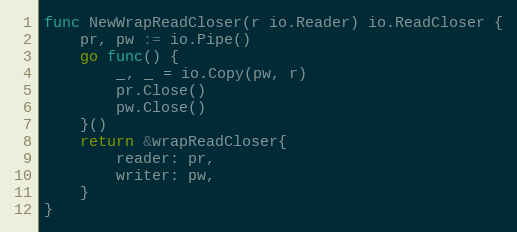
Language: Go
func NewWrapReadCloser(r io.Reader) io.ReadCloser {
	pr, pw := io.Pipe()
	go func() {
		_, _ = io.Copy(pw, r)
		pr.Close()
		pw.Close()
	}()
	return &wrapReadCloser{
		reader: pr,
		writer: pw,
	}
}